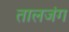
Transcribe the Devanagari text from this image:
तालजंग